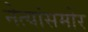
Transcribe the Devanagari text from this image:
नेत्यांसमोर